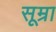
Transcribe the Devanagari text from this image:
सूम्रा